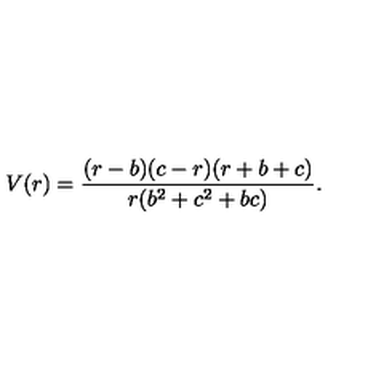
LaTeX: V ( r ) = \frac { ( r - b ) ( c - r ) ( r + b + c ) } { r ( b ^ { 2 } + c ^ { 2 } + b c ) } .